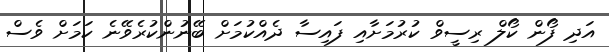
އަދި ފޯން ކޯލް ރިސީވް ކުރުމަށާއި ފައިސާ ދެއްކުމަށް ބޭނުންކުރެވޭނެ ކަަމަށް ވެސް